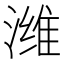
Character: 潍